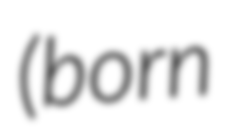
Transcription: (born